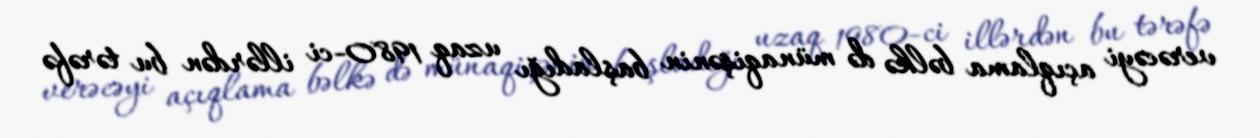
verəcəyi açıqlama bəlkə də münaqişənin başladığı uzaq 1980-ci illərdən bu tərəfə